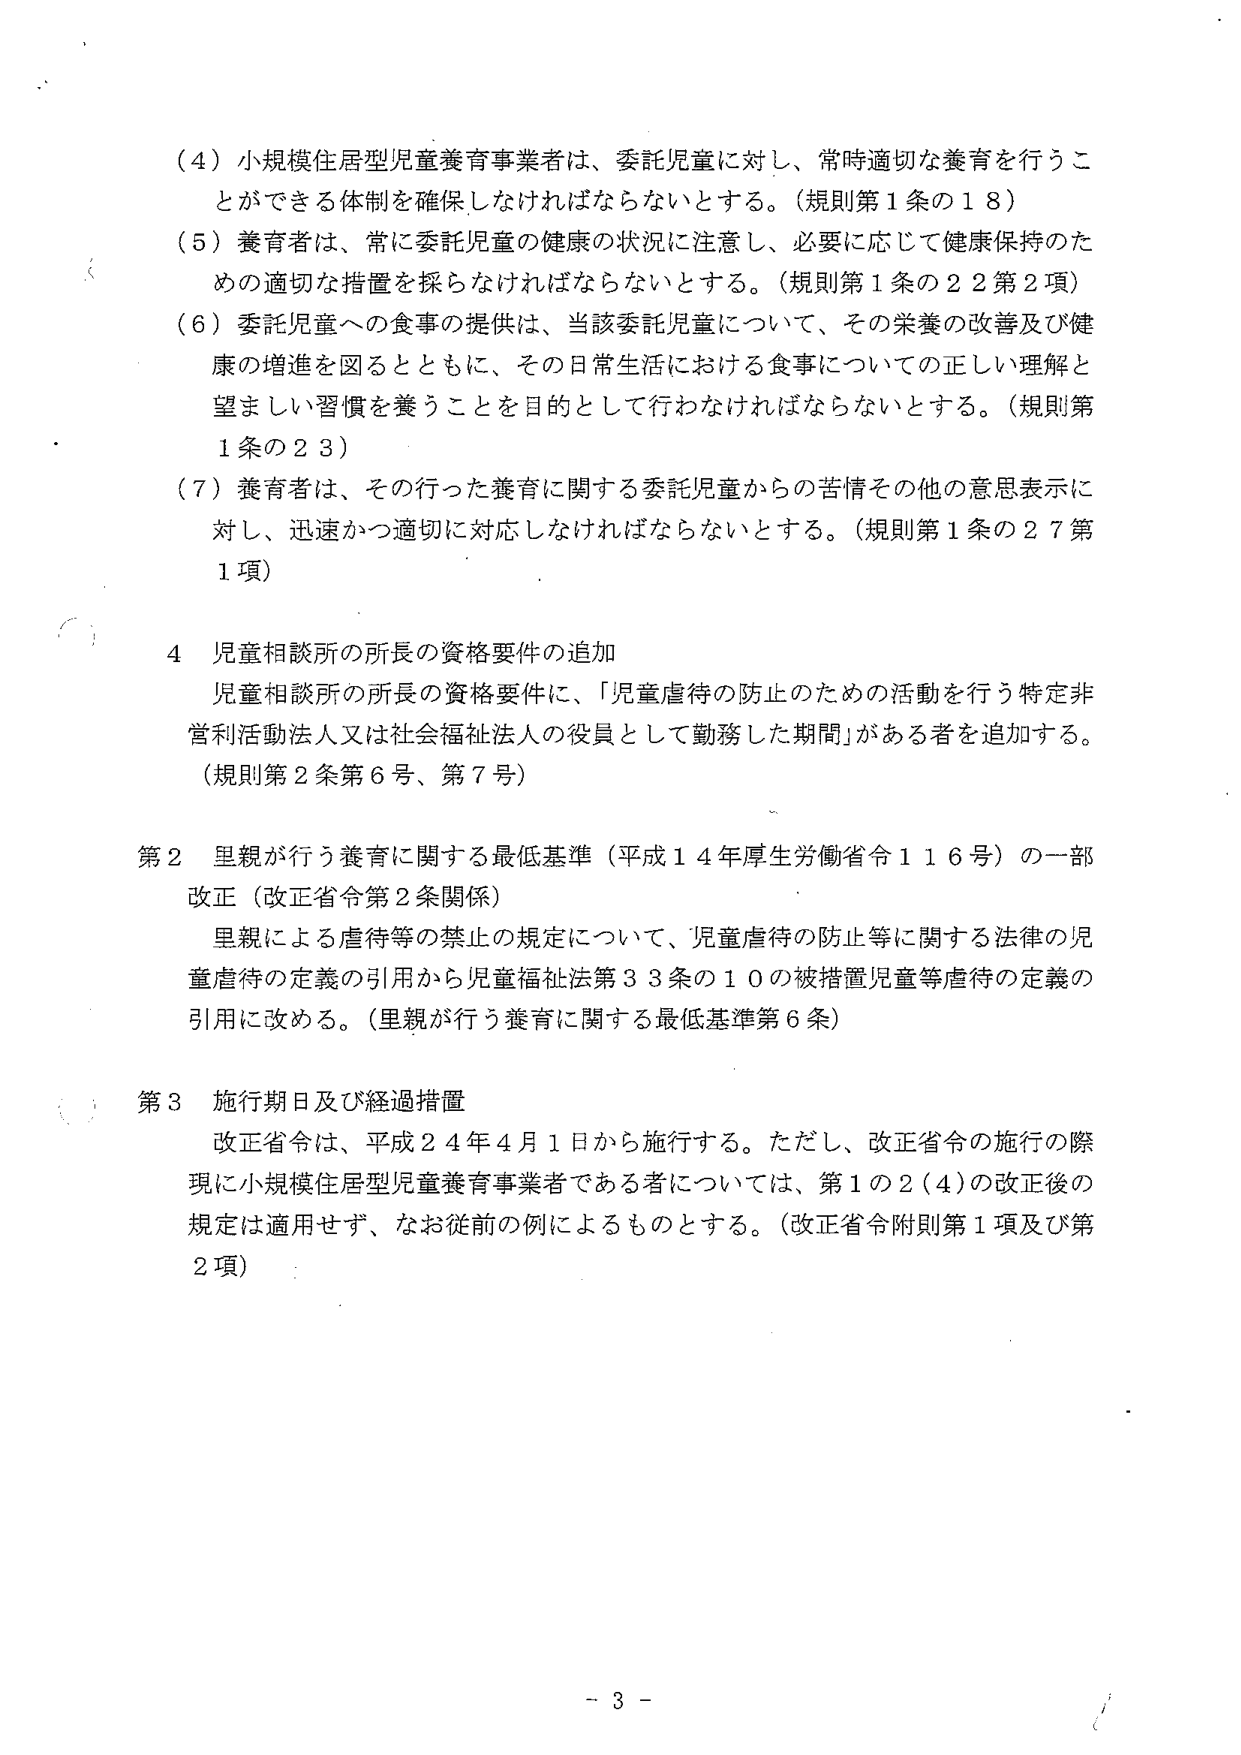
（４）小規模住居型児童養育事業者は、委託児童に対し、常時適切な養育を行うことができる体制を確保しなければならないとする。（規則第１条の１８）

（５）養育者は、常に委託児童の健康の状況に注意し、必要に応じて健康保持のための適切な措置を採らなければならないとする。（規則第１条の２２第２項）

（６）委託児童への食事の提供は、当該委託児童について、その栄養の改善及び健康の増進を図るとともに、その日常生活における食事についての正しい理解と望ましい習慣を養うことを目的として行わなければならないとする。（規則第１条の２３）

（７）養育者は、その行った養育に関する委託児童からの苦情その他の意思表示に対し、迅速かつ適切に対応しなければならないとする。（規則第１条の２７第１項）

４ 児童相談所の所長の資格要件の追加
児童相談所の所長の資格要件に、「児童虐待の防止のための活動を行う特定非営利活動法人又は社会福祉法人の役員として勤務した期間」がある者を追加する。（規則第２条第６号、第７号）

第２ 里親が行う養育に関する最低基準（平成１４年厚生労働省令１１６号）の一部改正（改正省令第２条関係）
里親による虐待等の禁止の規定について、「児童虐待の防止等に関する法律の児童虐待の定義の引用から児童福祉法第３３条の１０の被措置児童等虐待の定義の引用に改める。（里親が行う養育に関する最低基準第６条）

第３ 施行期日及び経過措置
改正省令は、平成２４年４月１日から施行する。ただし、改正省令の施行の際現に小規模住居型児童養育事業者である者については、第１の２（４）の改正後の規定は適用せず、なお従前の例によるものとする。（改正省令附則第１項及び第２項）

－ 3 －